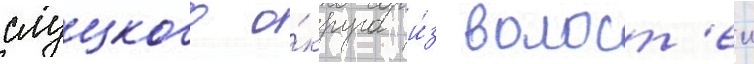
слуцкого о́круга и́з волост'еи